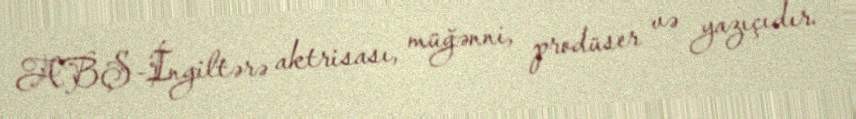
ABŞ-İngiltərə aktrisası, müğənni, prodüser və yazıçıdır.